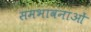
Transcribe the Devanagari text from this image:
समभावनाओं